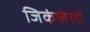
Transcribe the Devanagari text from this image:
जिकंलेली